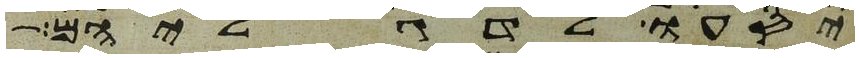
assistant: יסעו לדגליהם